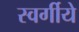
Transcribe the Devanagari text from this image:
स्वर्गीये